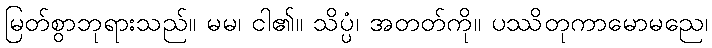
မြတ်စွာဘုရားသည်။ မမ၊ ငါ၏။ သိပ္ပံ၊ အတတ်ကို။ ပဿိတုကာမောမညေ၊